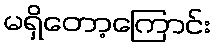
မရှိတော့ကြောင်း